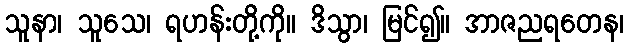
သူနာ၊ သူသေ၊ ရဟန်းတို့ကို။ ဒိသွာ၊ မြင်၍။ အာဇညရတေန၊